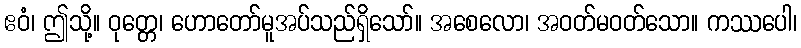
ဧဝံ၊ ဤသို့။ ဝုတ္တေ၊ ဟောတော်မူအပ်သည်ရှိသော်။ အစေလော၊ အဝတ်မဝတ်သော။ ကဿပေါ၊